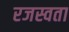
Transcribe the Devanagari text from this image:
रजस्वता